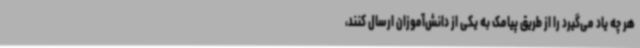
هر چه یاد می‌گیرد را از طریق پیامک به یکی از دانش‌آموزان ارسال کنند،